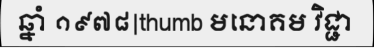
ឆ្នាំ ១៩៧៨|thumb មនោគម វិជ្ជា